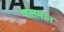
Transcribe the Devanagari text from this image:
पालमान